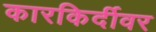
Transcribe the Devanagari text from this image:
कारकिर्दीवर